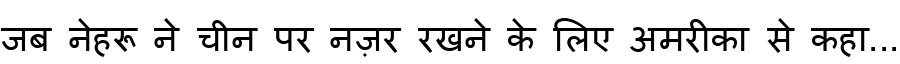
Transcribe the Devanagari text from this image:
जब नेहरू ने चीन पर नज़र रखने के लिए अमरीका से कहा...